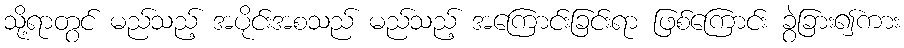
သို့ရာတွင် မည်သည့် အပိုင်းအစသည် မည်သည့် အကြောင်းခြင်းရာ ဖြစ်ကြောင်း ခွဲခြား၍ကား